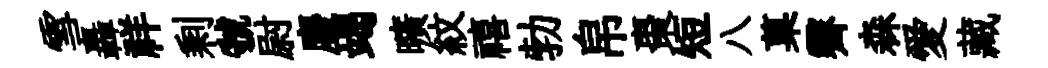
雪轟祥剩虢尉麈竭曠紋禧勃帛棗短八菓霽森愛藏